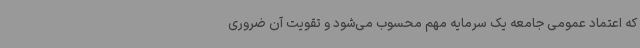
که اعتماد عمومی جامعه یک سرمایه مهم محسوب می‌شود و تقویت آن ضروری